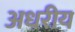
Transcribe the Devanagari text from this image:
अधरीय